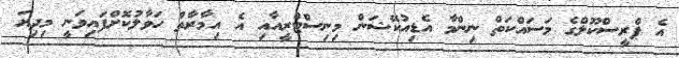
އެ ޕްރީސްކޫލްގެ މަސައްކަތް ނިންމާ އެޑިއުކޭޝަން މިނިސްޓްރީއާއި އެ އިމާރާތް ހަވާލުކޮށްފައިވަނީ މިދިޔަ